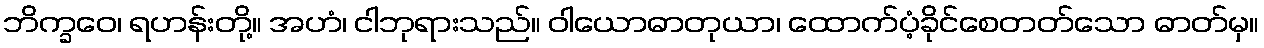
ဘိက္ခဝေ၊ ရဟန်းတို့။ အဟံ၊ ငါဘုရားသည်။ ဝါယောဓာတုယာ၊ ထောက်ပံ့ခိုင်စေတတ်သော ဓာတ်မှ။